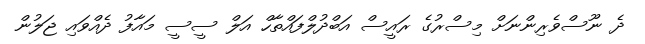
ދެ ނޫސްވެރިންނަށް މިސްރުގެ ރައީސް އަބްދުލްފައްތާހް އަލް ސީސީ މައާފު ދެއްވައި ޖަލުން